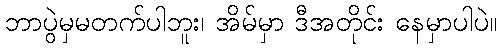
ဘာပွဲမှမတက်ပါဘူး၊ အိမ်မှာ ဒီအတိုင်း နေမှာပါပဲ။